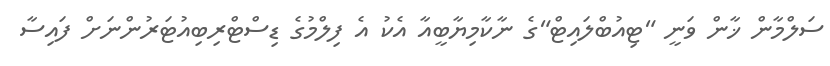
ސަލްމާން ޚާން ވަނީ "ޓިއުބްލައިޓް"ގެ ނާކާމިޔާބީއާ އެކު އެ ފިލްމުގެ ޑިސްޓްރިބިއުޓަރުންނަށް ފައިސާ